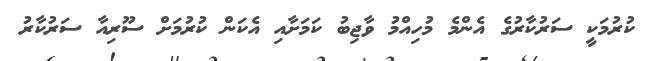
ކުރުމަކީ ސަރުކާރުގެ އެންމެ މުހިއްމު ވާޖިބު ކަމަށާއި އެކަން ކުރުމަށް ސޫރިއާ ސަރުކާރު